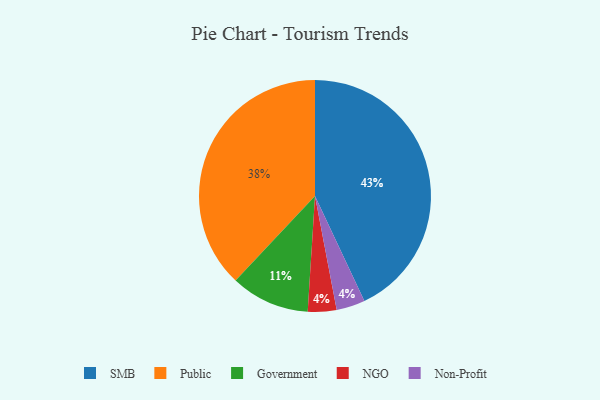
{"axis": {"x": "Category", "y": "Percentage"}, "legend": ["Government", "NGO", "Non-Profit", "Public", "SMB"], "data": [{"x": "NGO", "y": 4, "type": "NGO"}, {"x": "SMB", "y": 43, "type": "SMB"}, {"x": "Government", "y": 11, "type": "Government"}, {"x": "Public", "y": 38, "type": "Public"}, {"x": "Non-Profit", "y": 4, "type": "Non-Profit"}]}